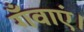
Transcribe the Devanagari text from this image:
गँवाएं।